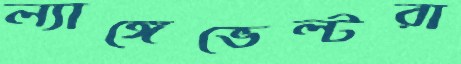
ল্যাঙ্গেভেল্টরা